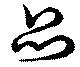
品